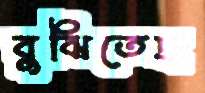
বুঝিতেছ